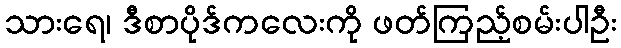
သားရေ၊ ဒီစာပိုဒ်ကလေးကို ဖတ်ကြည့်စမ်းပါဦး